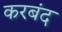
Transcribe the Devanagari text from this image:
करबंद